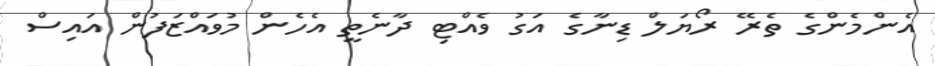
އެންމެންގެ ތެރޭ ރޯޔަލް ޑިނާގެ އަގު ވެއްޓި ދާނެތީ އެހެން މުވައްޒަފުން އައިސް